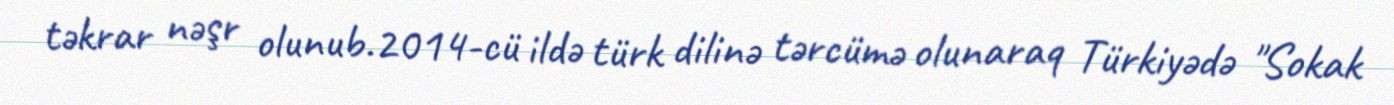
təkrar nəşr olunub.2014-cü ildə türk dilinə tərcümə olunaraq Türkiyədə "Sokak